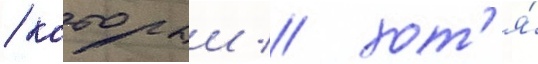
/ которыи / хот'я́